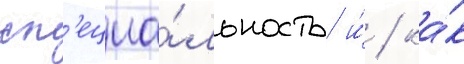
сп'ециа́льность и́ / ка́к